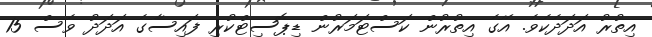
އިތުރު އަދަދެކެވެ. އޭގެ އިތުރުން ކަސްޓަމަރުން ޑިޕޮސިޓްކުރި ފައިސާގެ އަދަދު ވެސް 15